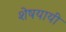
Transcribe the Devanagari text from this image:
शेषयायी